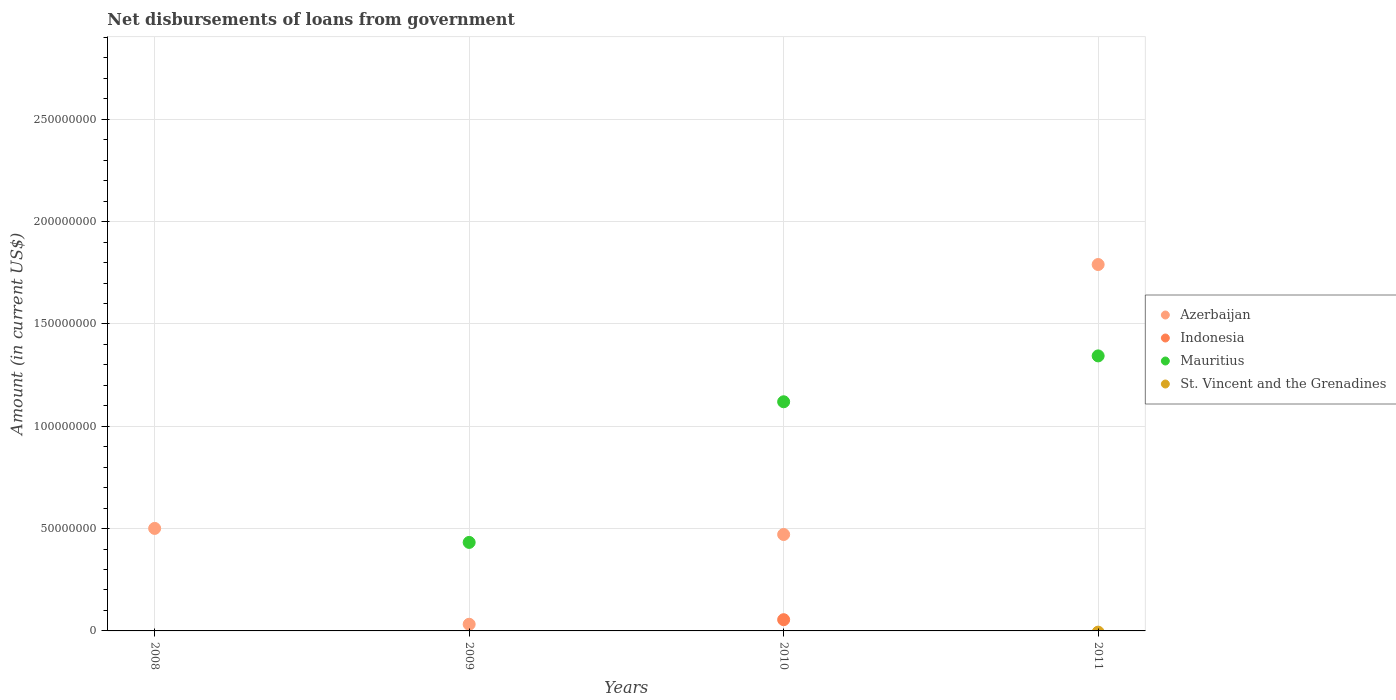
| Years | Azerbaijan | Indonesia | Mauritius | St. Vincent and the Grenadines |
 | --- | --- | --- | --- | --- |
 | 2008 | 5.01e+07 | -2.05e+09 | -1.69e+07 | -3.26e+06 |
 | 2009 | 3.25e+06 | -1.1e+09 | 4.32e+07 | -3.2e+06 |
 | 2010 | 4.71e+07 | 5.49e+06 | 1.12e+08 | -3.68e+06 |
 | 2011 | 1.79e+08 | -1.58e+09 | 1.34e+08 | -5.94e+05 |